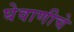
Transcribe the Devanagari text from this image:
घेवाणीचे